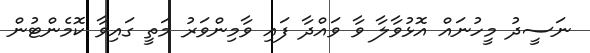
ނަސީދު މީހުނައް އޮޅުވާލާ ވާ ވައްދާ ފައި ވާމިންވަރު މަތީ ގައިވާ ކޮމެންޓުން